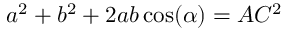
a ^ { 2 } + b ^ { 2 } + 2 a b \cos ( \alpha ) = A C ^ { 2 }